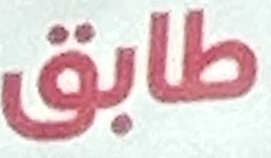
طابق